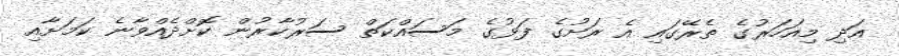
އަދި މިއަހަރުގެ ތެރޭގައި އެ ރަށުގެ ފަޅުގެ މަސައްކަތް ސަރުކާރުން ކޮށްދެއްވާނެ ކަމަށާއި